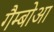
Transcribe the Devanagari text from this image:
गैम्बोआ